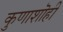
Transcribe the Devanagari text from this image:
कुणाशॊही